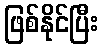
ဖြစ်နိုင်ပြီး